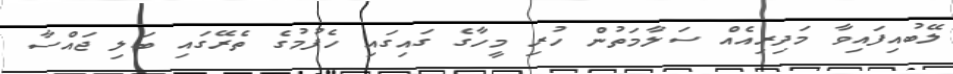
ލޭބުއިފައިވާ މަދިރިއެއް ސަލާމަތުން ހުރި މީހާގެ ގައިގައި ހެފުމުގެ ތެރޭގައި ބަލި ޖައްސާ